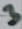
Text: 3